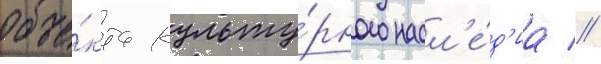
объе́кта культу́рного насл'е́д'иа //